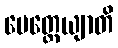
မေတ္တေယျာတိ